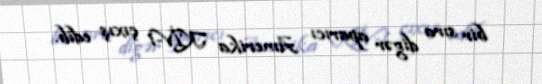
bir sıra digər aparıcı Amerika KİV-i çıxış edib.